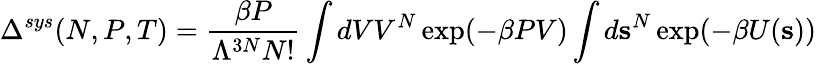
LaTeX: \Delta^{sys}(N,P,T)={\frac{\beta P}{\Lambda^{3N}N!}}\int dVV^{N}\exp(-\beta PV)\int d\mathbf{s}^{N}\exp(-\beta U(\mathbf{s}))